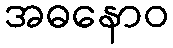
အဓနောဝ